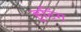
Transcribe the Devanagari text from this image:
हूटिंग